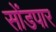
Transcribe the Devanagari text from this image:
सोंडपार